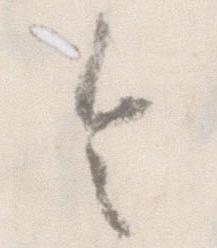
令